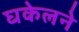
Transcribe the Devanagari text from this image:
घकेलने